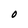
Character: O